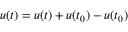
u ( t ) = u ( t ) + u ( t _ { 0 } ) - u ( t _ { 0 } )